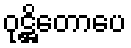
ဝုဋ္ဌိတောပေ